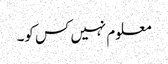
معلوم نہیں کس کو۔